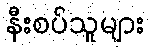
နီးစပ်သူများ